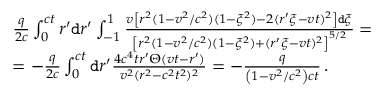
\begin{array} { r l } & { \frac { q } { 2 c } \int _ { 0 } ^ { c t } r ^ { \prime } \mathtt { d } r ^ { \prime } \int _ { - 1 } ^ { 1 } \frac { v \left[ r ^ { 2 } ( 1 - v ^ { 2 } / c ^ { 2 } ) ( 1 - \xi ^ { 2 } ) - 2 ( r ^ { \prime } \xi - v t ) ^ { 2 } \right] \mathtt { d } \xi } { \left[ r ^ { 2 } ( 1 - v ^ { 2 } / c ^ { 2 } ) ( 1 - \xi ^ { 2 } ) + ( r ^ { \prime } \xi - v t ) ^ { 2 } \right] ^ { 5 / 2 } } = } \\ & { = - \frac { q } { 2 c } \int _ { 0 } ^ { c t } \mathtt { d } r ^ { \prime } \frac { 4 c ^ { 4 } t r ^ { \prime } \Theta ( v t - r ^ { \prime } ) } { v ^ { 2 } ( r ^ { 2 } - c ^ { 2 } t ^ { 2 } ) ^ { 2 } } = - \frac { q } { \left( 1 - { v ^ { 2 } } / { c ^ { 2 } } \right) c t } \, . } \end{array}